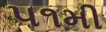
૫૧મી